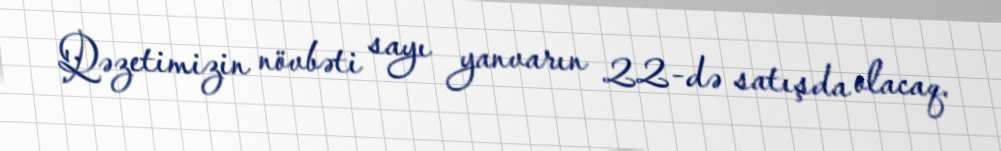
Qəzetimizin növbəti sayı yanvarın 22-də satışda olacaq.